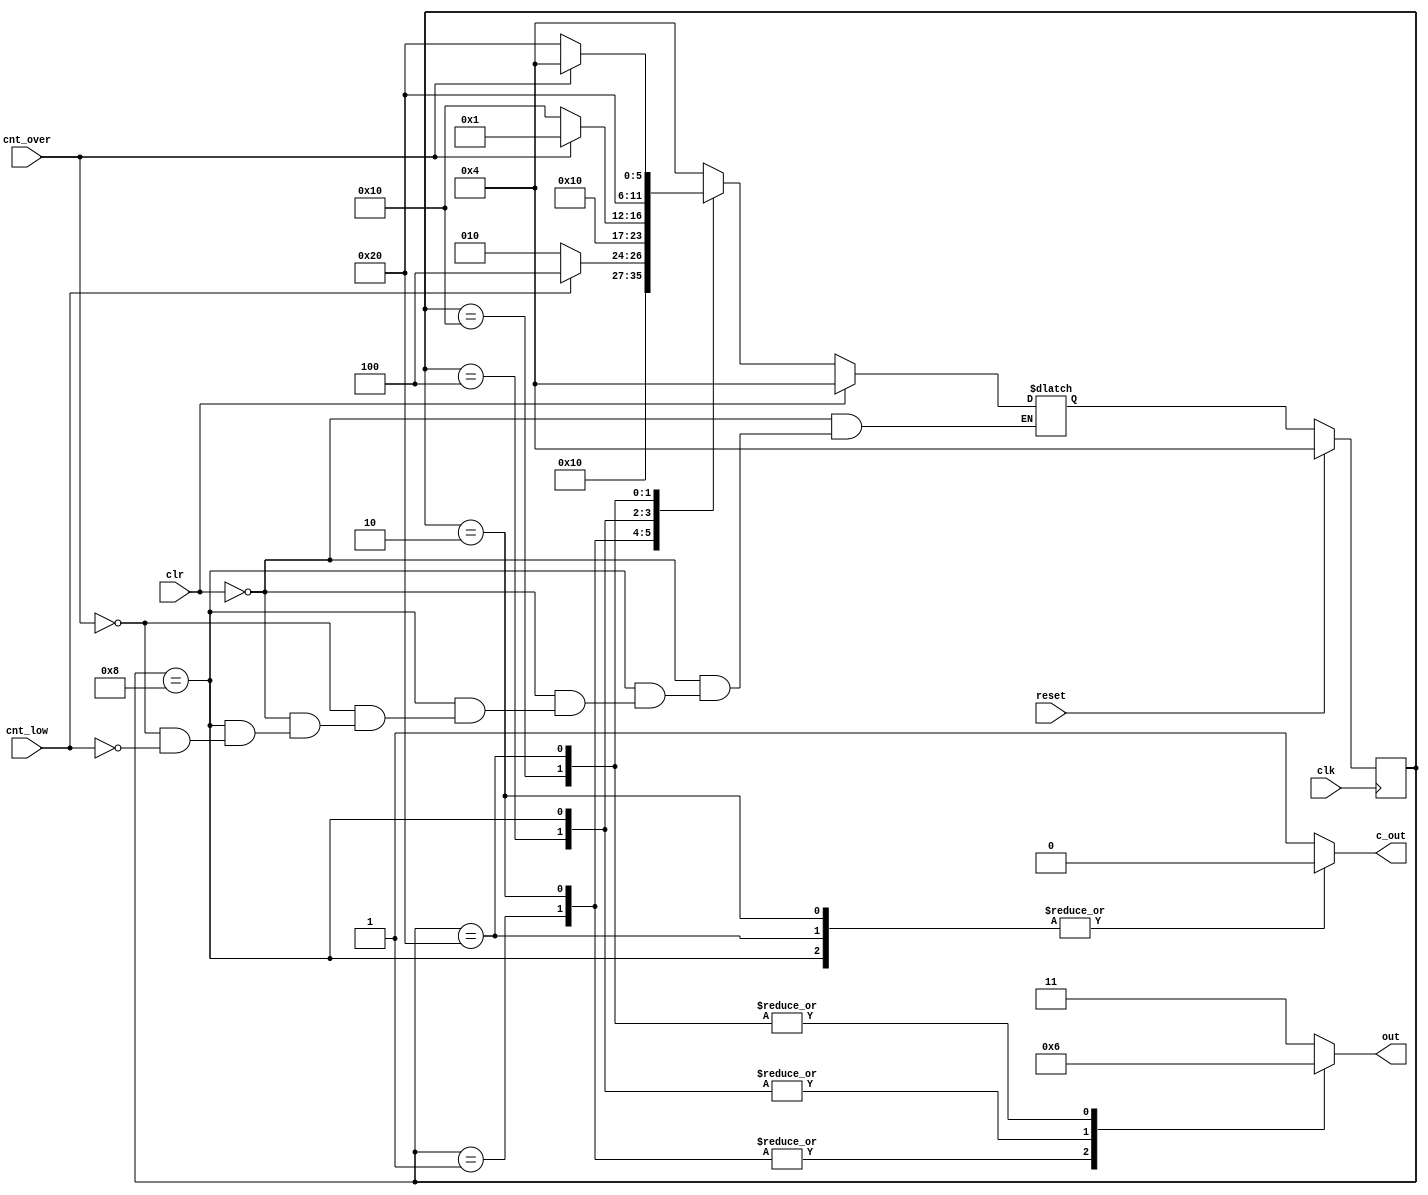
module range_change(
	input clk, reset, clr, cnt_over, cnt_low,
	output reg [1:0] out,
	output reg c_out
);

reg [5:0] state, state_next;
parameter start_f100k = 6'b000001,
		  cnt_f100k = 6'b000010,
		  start_f10k = 6'b000100,
		  cnt_f10k = 6'b001000,
		  start_f1k = 6'b010000,
		  cnt_f1k = 6'b100000;
		  
always@(posedge clk) begin
	if (reset) state <= start_f10k;
	else state <= state_next;
end

always@(*) begin
	if (clr) state_next <= start_f10k;
	else
		case (state)
			start_f100k: state_next = cnt_f100k;
			cnt_f100k: begin
				if (cnt_low) state_next <= start_f10k;
				else state_next <= cnt_f100k;
			end
			start_f10k: state_next = cnt_f10k;
			cnt_f10k: begin
				if (cnt_over) state_next = start_f100k;
				else if (cnt_low) state_next = start_f1k;
			end
			start_f1k : state_next = cnt_f1k;
			cnt_f1k: begin
				if (cnt_over) state_next = start_f10k;
				else state_next = cnt_f1k;
			end
			default: state_next = start_f10k;
		endcase
end

always@(*) begin
	case (state)
		start_f100k: begin c_out = 1; out = 2'b00; end
		cnt_f100k: begin c_out = 0; out = 2'b00; end
		start_f10k: begin c_out = 1; out = 2'b01; end
		cnt_f10k: begin c_out = 0; out = 2'b01; end
		start_f1k: begin c_out = 1; out = 2'b10; end
		cnt_f1k: begin c_out = 0; out = 2'b10; end
		default: begin c_out = 1; out = 2'b11; end
	endcase
end

endmodule